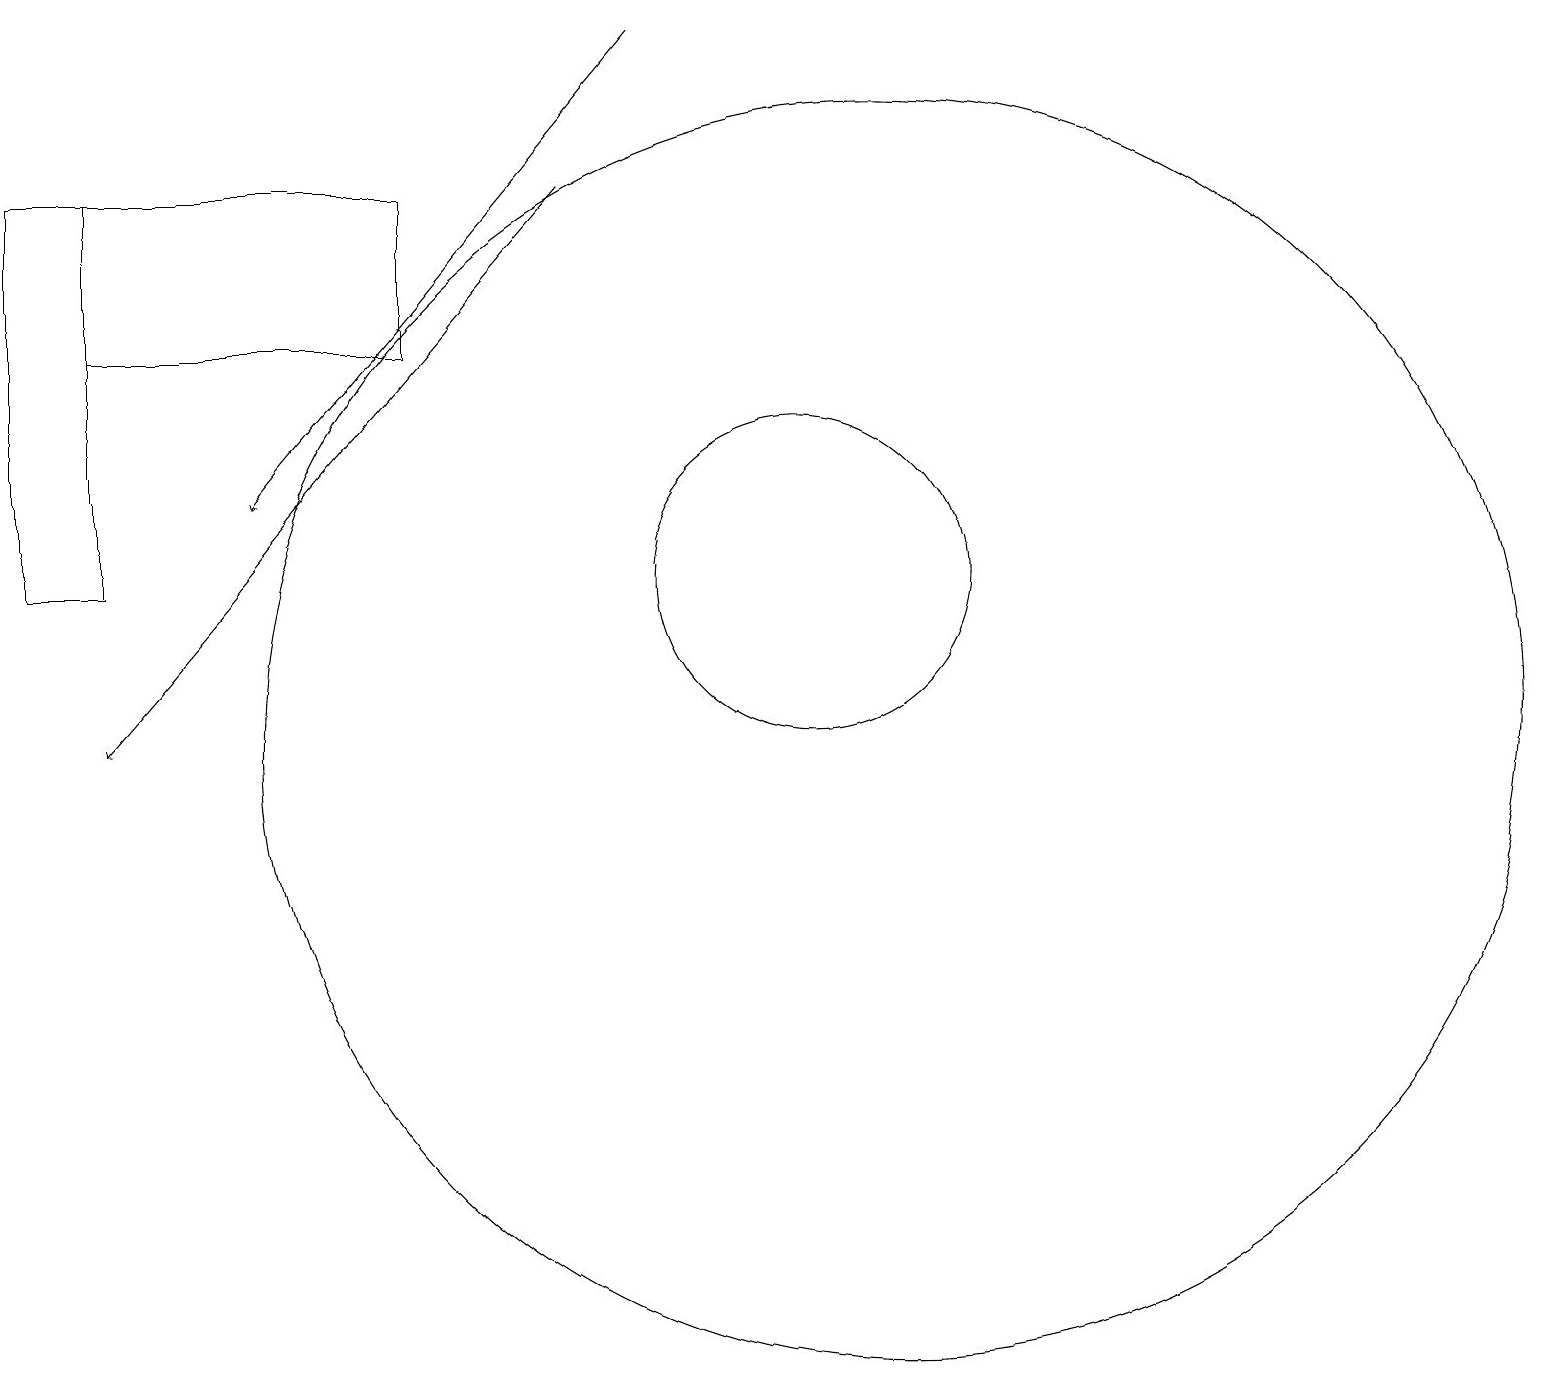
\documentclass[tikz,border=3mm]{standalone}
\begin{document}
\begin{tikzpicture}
\draw (0,17) rectangle (1,12);
\draw (1,17) rectangle (5,15);
\draw[->] (7,17) -- (1,10);
\draw (10,12) circle (2);
\draw (10,11) circle (0);
\draw[->] (8,19) -- (3,13);
\draw (11,10) circle (8);
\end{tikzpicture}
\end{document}